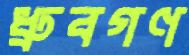
ধ্রুবগণ